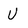
Character: U